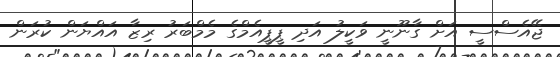
ޖޭއެސްސީ އަށް ގާނޫނީ ވަކީލު އަދި ޕީޕީއެމްގެ މެމްބަރު ރިޒާ އައްޔަން ކުރަން